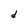
Character: d